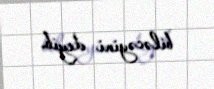
biləcəyini deyib.